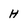
Character: H